Annual report on the working of the lock hospitals in the Central Provinces
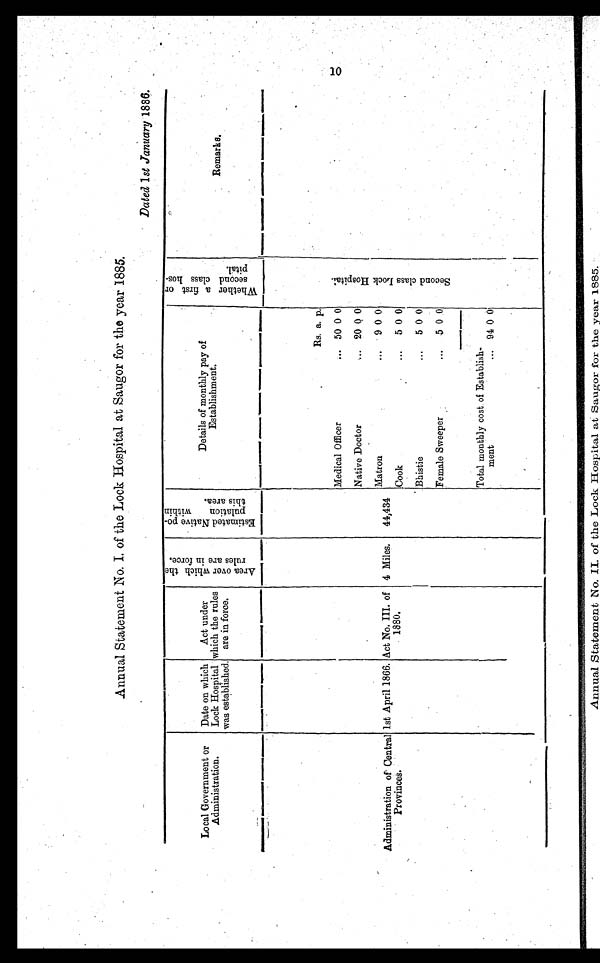
Annual Statement No. I. of the Lock Hospital at Saugor for the year 1885.
Dated 1st January 1886.
Local Government or
Administration.
Date on which
Lock Hospital
was established.
Act under
which the rules
are in force.
A r e a o v e r w h i c h t h e r u l e s a r e i n f o r e c e
E s t i m a t e d N a t i v e p o - p u l a t i o n w i t h i n t h i s a r e a .
Details of monthly pay of
Establishment.
W h e t h e r a f i r s t o r s e c o n d c l a s s h o s - p i t a l
Remarks
.
Rs. a. p.
S e c o n d c l a s s L o c k H o s p i t a l
Medical Officer
... 50 0 0
Native Doctor
... 20 0 0
Matron
... 9 0 0
Administration of Central
Provinces.
1st April 1866. Act No. III. of
1880.
4 Miles. 44,434
Cook
... 5 0 0
Bhistie
...
5 0 0
Female Sweeper
5 0 0
Total monthly cost of Establish
-ment
. . . 94 0 0
Annual Statement No. II. of the Lock Hospital at Saugor for the year 1885.